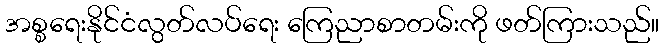
အစ္စရေးနိုင်ငံလွတ်လပ်ရေး ကြေညာစာတမ်းကို ဖတ်ကြားသည်။